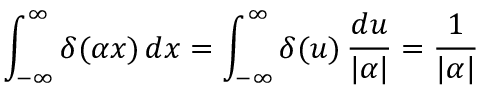
\int _ { - \infty } ^ { \infty } \delta ( \alpha x ) \, d x = \int _ { - \infty } ^ { \infty } \delta ( u ) \, { \frac { d u } { | \alpha | } } = { \frac { 1 } { | \alpha | } }